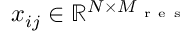
x _ { i j } \in \mathbb { R } ^ { N \times M _ { \mathrm { ~ r ~ e ~ s ~ } } }